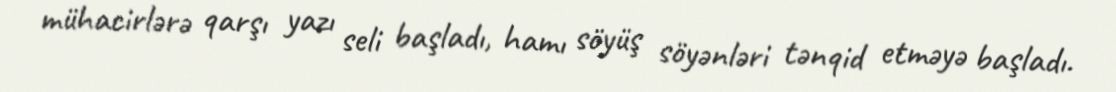
mühacirlərə qarşı yazı seli başladı, hamı söyüş söyənləri tənqid etməyə başladı.